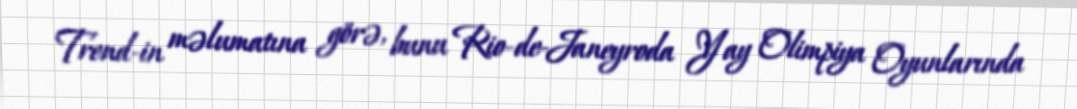
Trend-in məlumatına görə, bunu Rio-de-Janeyroda Yay Olimpiya Oyunlarında